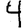
Digit: 4